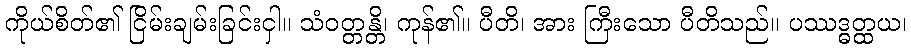
ကိုယ်စိတ်၏ ငြိမ်းချမ်းခြင်းငှါ။ သံဝတ္တန္တိ၊ ကုန်၏။ ပီတိ၊ အား ကြီးသော ပီတိသည်။ ပဿဒ္ဓတ္ထယ၊